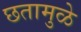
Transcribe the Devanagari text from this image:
छतामुळे